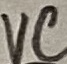
Text: VC